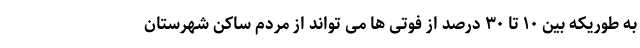
به طوریکه بین ۱۰ تا ۳۰ درصد از فوتی ها می تواند از مردم ساکن شهرستان